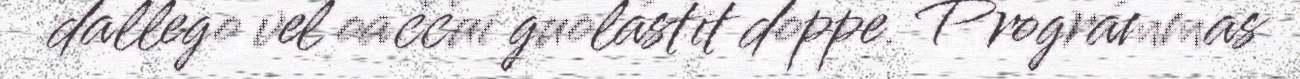
dallego vel oaččui guolástit doppe. Prográmmas